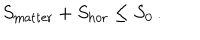
S _ { \mathrm { m a t t e r } } + S _ { \mathrm { h o r } } \leq S _ { 0 } \, .